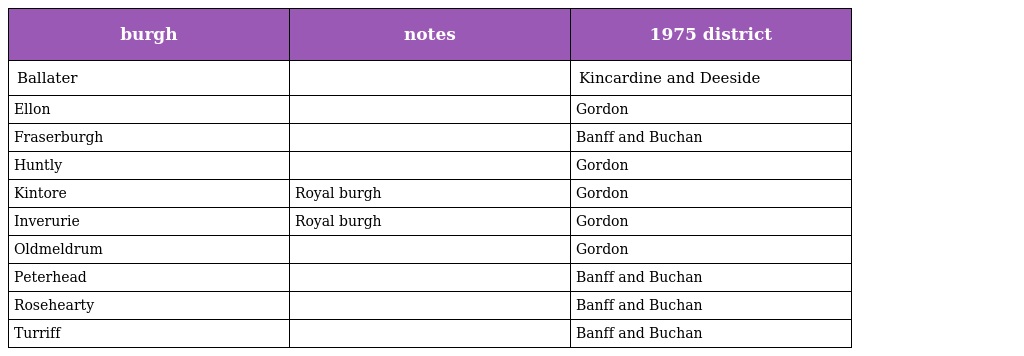
| burgh | notes | 1975 district |
 | --- | --- | --- |
 | Ballater |  | Kincardine and Deeside |
 | Ellon |  | Gordon |
 | Fraserburgh |  | Banff and Buchan |
 | Huntly |  | Gordon |
 | Kintore | Royal burgh | Gordon |
 | Inverurie | Royal burgh | Gordon |
 | Oldmeldrum |  | Gordon |
 | Peterhead |  | Banff and Buchan |
 | Rosehearty |  | Banff and Buchan |
 | Turriff |  | Banff and Buchan |